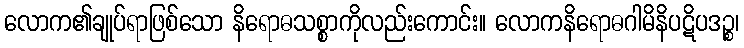
လောက၏ချုပ်ရာဖြစ်သော နိရောဓသစ္စာကိုလည်းကောင်း။ လောကနိရောဓဂါမိနိပဋိပဒဉ္စ၊